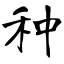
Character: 种